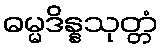
ဓမ္မဒိန္နသုတ္တံ